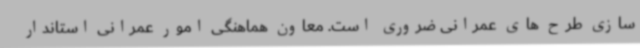
سازی طرح های عمرانی ضروری است. معاون هماهنگی امور عمرانی استاندار